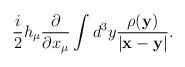
LaTeX: \begin{align*}\frac{i}{2}h_\mu\frac{\partial}{\partial x_\mu}\int d^3y\frac{\rho({\bf y})}{|{\bf x}-{\bf y}|}.\end{align*}